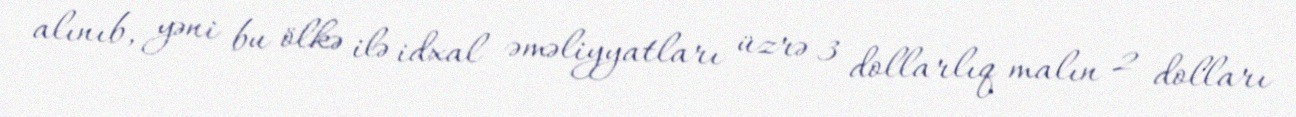
alınıb, yəni bu ölkə ilə idxal əməliyyatları üzrə 3 dollarlıq malın 2 dolları